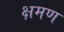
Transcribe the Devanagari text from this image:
क्षमण